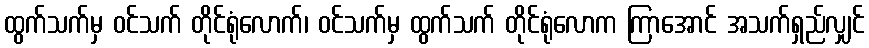
ထွက်သက်မှ ဝင်သက် တိုင်ရုံလောက်၊ ဝင်သက်မှ ထွက်သက် တိုင်ရုံလောက ကြာအောင် အသက်ရှည်လျှင်